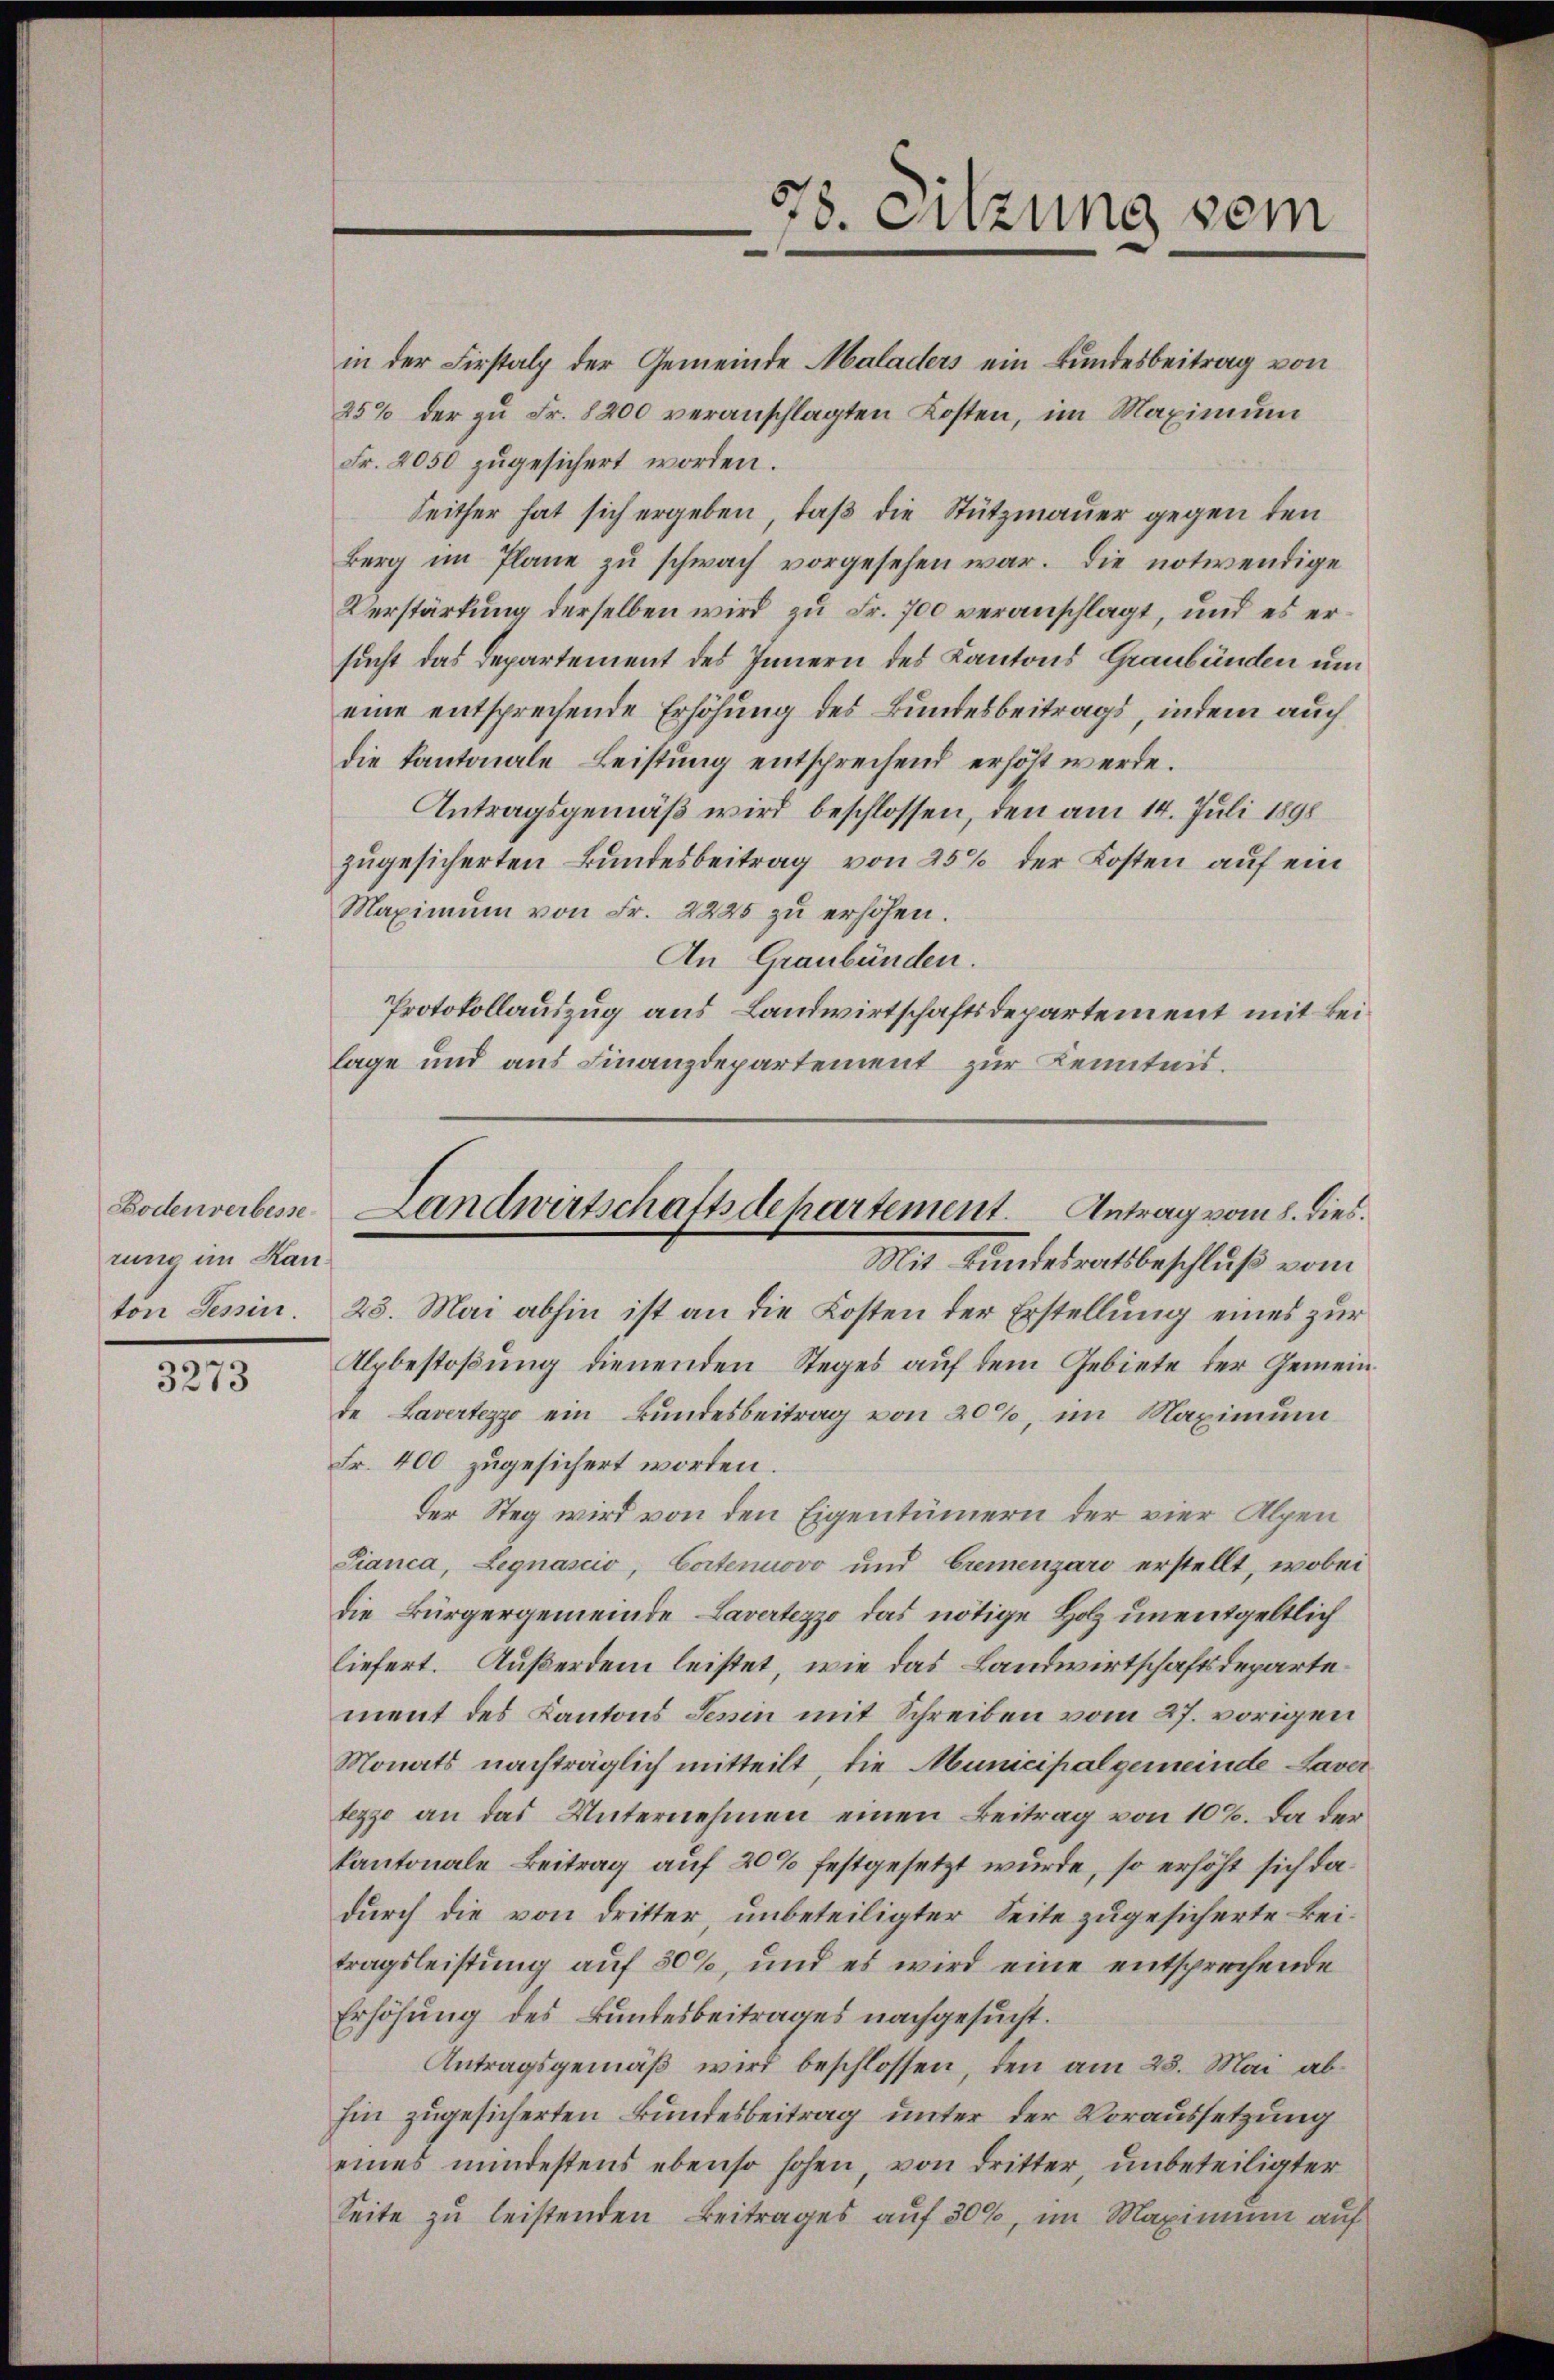
rung im Kanton Tessin

3273

in der Firstalz der Gemeinde Maladers ein Bundesbeitrag von
25% der zŭ Fr. 8200 veranschlagten Kosten, im Maximum
Fr. 2050 zugesichert worden.
Seither hat sich ergeben, daß die Stützmauer gegen den
Berg im Plane zu schwach vorgesehen war. Die notwendige
Verstärkung derselben wird zu Fr. 700 veranschlagt, und es ersucht das Departement des Innern des Kantons Graubünden um
eine entsprechende Erhöhung des Bundesbeitrags, indem auch
die Kantonale Leistung entsprechend erhöht werde.
Antragsgemäß wird beschlossen, den am 14. Juli 1898
zugesicherten Bundesbeitrag von 25% der Kosten auf ein
Maximŭm von Fr. 2225 zŭ erholen.
An Graubünden.
Protokollauszug aus Landwirtschaftsdepartement mit Beilage und aus Finanzdepartement zur Kenntnis.

78. Sitzung sei

23. Mai abhin ist an die Kosten der Erstellung eines zur
Alpbestoßung dienenden Steges auf dem Gebiete der Gemeinde Lavertezzo ein Bundesbeitrag von 20%, im Maximum
Fr. 400 zugesichert worden.
der Steg wird von den Eigentümern der vier Alpen
Sianca, Legnascio, Cortenuovo und Cremenzaro erstellt, wobei
die Bürgergemeinde Lavertezzo das nötige Holz unentgeltlich
liefert. Außerdem leistet, wie das Landwirtschaftsdepartement des Kantons Tessin mit Schreiben vom 27. vorigen
Monats nachträglich mitteilt, die Municipalgemeinde Laver
tezzo an das Unternehmen einen Beitrag von 10%. Da der
kantonale Beitrag auf 20% festgesetzt wurde, so erhöht sich dadurch die von dritter, unbeteiligter Seite zugesicherte Beitragsleistung auf 80%, und es wird eine entsprechende
Erhöhung des Bundesbeitrages nachgesucht.
Antragsgemäß wird beschlossen, den am 23. Mai abhin zugesicherten Bundesbeitrag unter der Voraussetzung
eines mindestens ebenso hohen, von Dritter, unbeteiligter
Seite zu leistenden Beitrages auf 30%, im Maximum auf

Bodenverbesse Landwirtschaftsdepartement. Antrag vom 8. dies.
Mit kundesrath beschluß vom